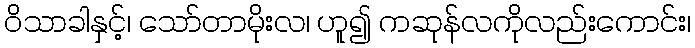
ဝိသာခါနှင့်၊ သော်တာမိုးလ၊ ဟူ၍ ကဆုန်လကိုလည်းကောင်း၊